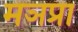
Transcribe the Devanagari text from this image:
मञप्रा